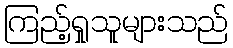
ကြည့်ရှုသူများသည်